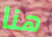
هنا